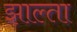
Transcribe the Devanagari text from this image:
झाल्ता